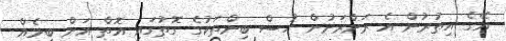
އޭގެ އިތުރުން އެ ރަށްރަށުން ހުސް ބިންތަކުގެ ގޮތުގައި އޮތް އަށް ބިމެއް